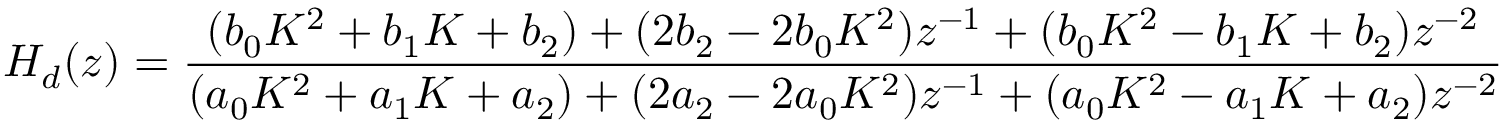
H _ { d } ( z ) = { \frac { ( b _ { 0 } K ^ { 2 } + b _ { 1 } K + b _ { 2 } ) + ( 2 b _ { 2 } - 2 b _ { 0 } K ^ { 2 } ) z ^ { - 1 } + ( b _ { 0 } K ^ { 2 } - b _ { 1 } K + b _ { 2 } ) z ^ { - 2 } } { ( a _ { 0 } K ^ { 2 } + a _ { 1 } K + a _ { 2 } ) + ( 2 a _ { 2 } - 2 a _ { 0 } K ^ { 2 } ) z ^ { - 1 } + ( a _ { 0 } K ^ { 2 } - a _ { 1 } K + a _ { 2 } ) z ^ { - 2 } } }